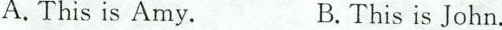
A.This is Amy. B.Thisis John.